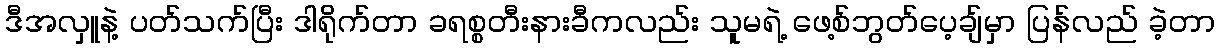
ဒီအလှူနဲ့ ပတ်သက်ပြီး ဒါရိုက်တာ ခရစ္စတီးနားခီကလည်း သူမရဲ့ ဖေ့စ်ဘွတ်ပေ့ချ်မှာ ပြန်လည် ခဲ့တာ